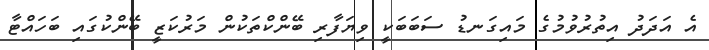
އެ އަދަދު އިތުރުވުމުގެ މައިގަނޑު ސަބަބަކީ ވިޔަފާރި ބޭންކްތަކުން މަރުކަޒީ ބޭންކުގައި ބަހައްޓާ